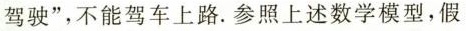
驾驶”，不能驾车上路。参照上述数学模型，假